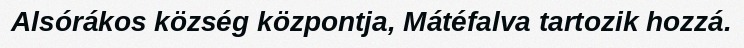
Alsórákos község központja, Mátéfalva tartozik hozzá.